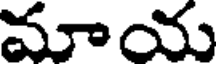
మాయ